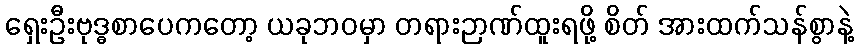
ရှေးဦးဗုဒ္ဓစာပေကတော့ ယခုဘဝမှာ တရားဉာဏ်ထူးရဖို့ စိတ် အားထက်သန်စွာနဲ့